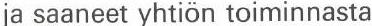
ja saaneet yhtiön toiminnasta